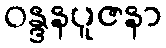
ဝန္ဒနပူဇနာ